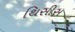
થિસીસ